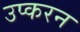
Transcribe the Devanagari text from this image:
उप्करन